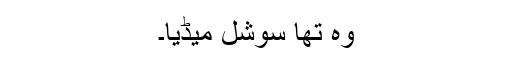
وہ تھا سوشل میڈیا۔